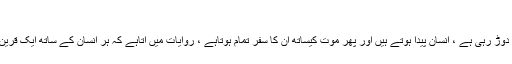
جانیں
یہ کائنات ایک تسلسل کیساتھ اپنے مدار میں دوڑ رہی ہے ، انسان پیدا ہوتے ہیں اور پھر موت کیساتھ ان کا سفر تمام ہوتاہے ، روایات میں آتاہے کہ ہر انسان کے ساتھ ایک قرین (یعنی جن ) اور فرشتہ پیدا کیے جاتے ہیں۔